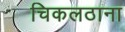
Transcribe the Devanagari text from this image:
चिकलठाना